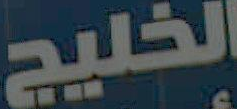
الخليج